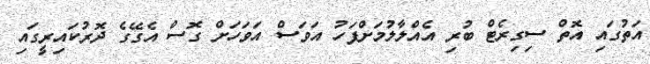
އަތުގައި އޮތް ސިގިރެޓް ބުރި އެއްލާލުމަށްފަހު އަވަސް އަވަހަށް ގޮސް އެގޭގެ ދޮރުކައިރީގައި